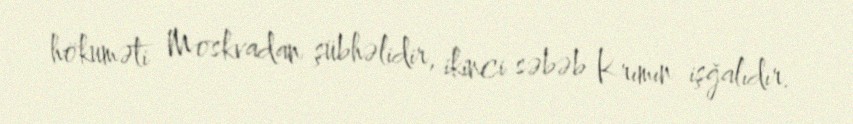
hökuməti Moskvadan şübhəlidir, ikinci səbəb Krımın işğalıdır.